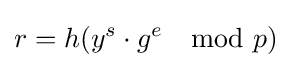
r=h(y^{s}\cdot g^{e}\mod {p})